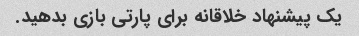
یک پیشنهاد خلاقانه برای پارتی بازی بدهید.